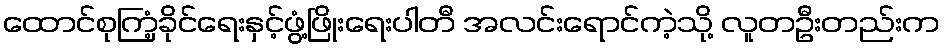
ထောင်စုကြံ့ခိုင်ရေးနှင့်ဖွံ့ဖြိုးရေးပါတီ အလင်းရောင်ကဲ့သို့ လူတဦးတည်းက